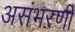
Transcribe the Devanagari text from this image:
असंभरणी